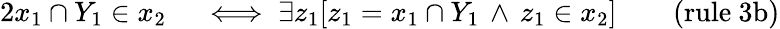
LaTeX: \begin{array}{rlrl}{{2}x_{1}\cap Y_{1}\in x_{2}}&{{}\iff\exists z_{1}[z_{1}=x_{1}\cap Y_{1}\, \land\, z_{1}\in x_{2}]}&{}&{{}{\mathrm{(rule~3b)}}}\end{array}